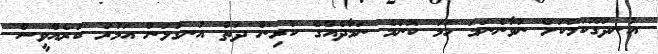
އުނދަގޫކަމަކަށް ނުވާނެނަމަ ހަމަ ކޮންމެ ނަމާދެއްގެ ކުރިން ދަތް އުނގުޅަން އަމުރު ކުރެއްވީސް